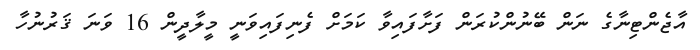
އާޖެންޓިނާގެ ނަން ބޭނުންކުރަން ފަށާފައިވާ ކަމަށް ފެނިފައިވަނީ މީލާދީން 16 ވަނަ ޤަރުނުހާ